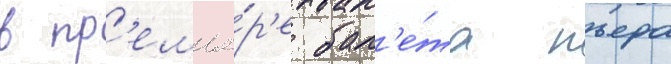
в пр'емье́р'е бал'е́та пьера